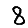
Digit: 8